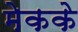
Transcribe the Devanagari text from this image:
मेकके